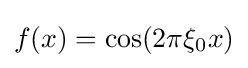
f(x)=\cos(2\pi \xi _{0}x)